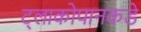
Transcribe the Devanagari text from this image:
ट्लाकोपानकडे